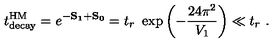
t _ { \mathrm { d e c a y } } ^ { \mathrm { H M } } = e ^ { - \bf S _ { 1 } + \bf S _ { 0 } } = t _ { r } \ \exp \left( - { \frac { 2 4 \pi ^ { 2 } } { V _ { 1 } } } \right) \ll t _ { r } \ .